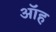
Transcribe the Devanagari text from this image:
ऑह